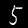
Label: 5